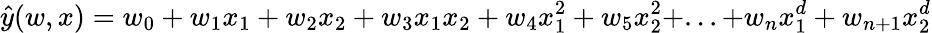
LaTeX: \hat{y}(w,x)=w_{0}+w_{1}x_{1}+w_{2}x_{2}+w_{3}x_{1}x_{2}+w_{4}x_{1}^{2}+w_{5}x_{2}^{2}+...+w_{n}x_{1}^{d}+w_{n+1}x_{2}^{d}